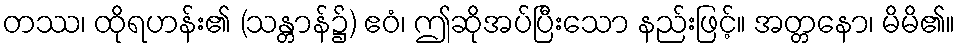
တဿ၊ ထိုရဟန်း၏ (သန္တာန်၌) ဧဝံ၊ ဤဆိုအပ်ပြီးသော နည်းဖြင့်။ အတ္တနော၊ မိမိ၏။